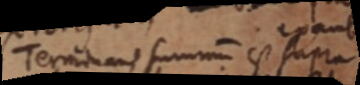
nans sum